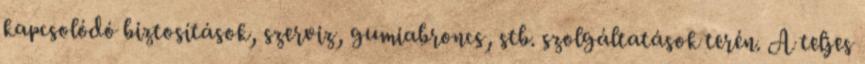
kapcsolódó biztosítások, szerviz, gumiabroncs, stb. szolgáltatások terén. A teljes